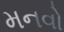
મનવો